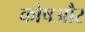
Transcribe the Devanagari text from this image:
कोषऔर